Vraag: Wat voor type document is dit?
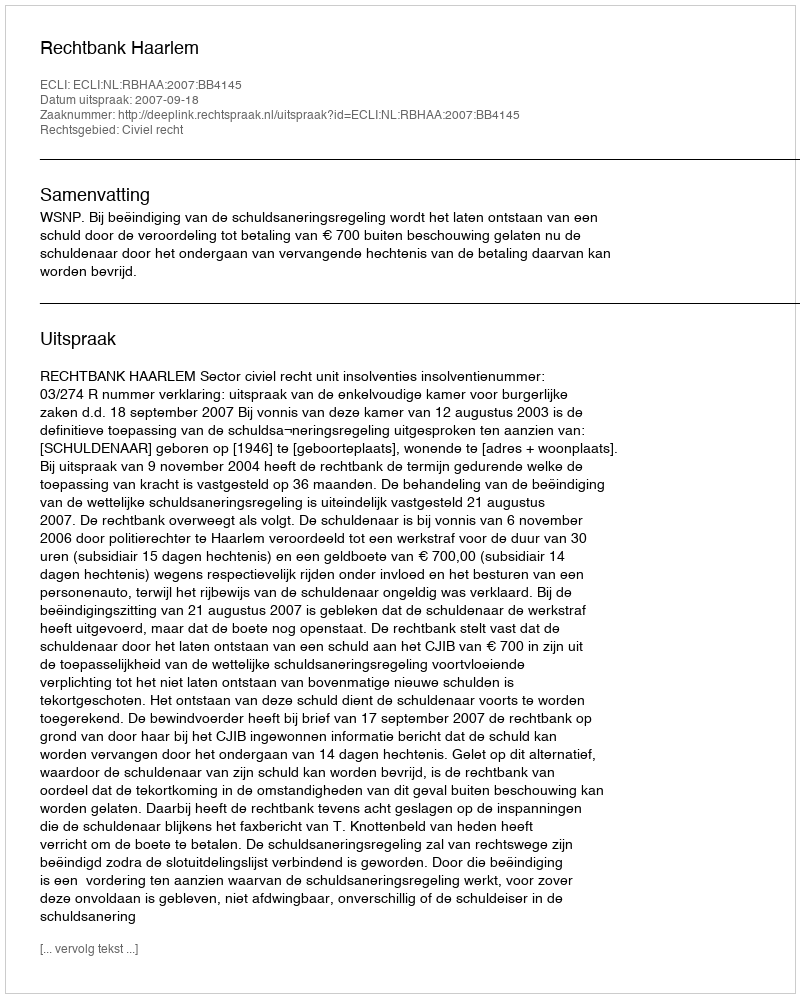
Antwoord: Uitspraak